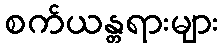
စက်ယန္တရားများ